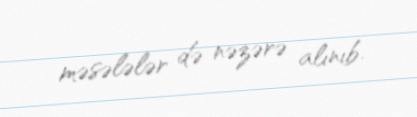
məsələlər də nəzərə alınıb.